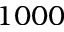
1 0 0 0